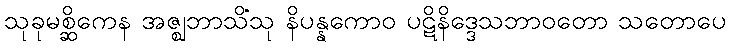
သုခုမစ္ဆိကေန အဇ္ဈဘာသိံသု နိပန္နကောဝ ပဋိနိဒ္ဒေသဘာဝတော သတောပေ